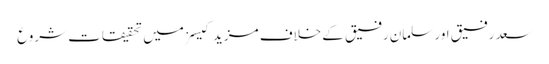
سعد رفیق اور سلمان رفیق کے خلاف مزید کیسز میں تحقیقات شروع